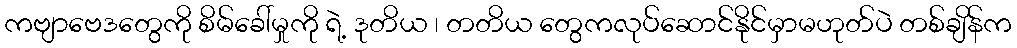
ကဗျာဗေဒတွေကို စိမ်ခေါ်မှုကို ရဲ့ ဒုတိယ ၊ တတိယ တွေကလုပ်ဆောင်နိုင်မှာမဟုတ်ပဲ တစ်ချိန်က